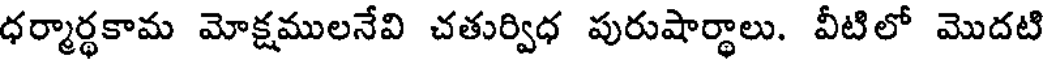
ధర్మార్థకామ మోక్షములనేవి చతుర్విధ పురుషార్థాలు. వీటిలో మొదటి